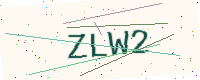
Text: ZLW2